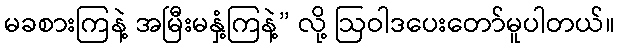
မခစားကြနဲ့ အမြီးမနှံ့ကြနဲ့” လို့ ဩဝါဒပေးတော်မူပါတယ်။